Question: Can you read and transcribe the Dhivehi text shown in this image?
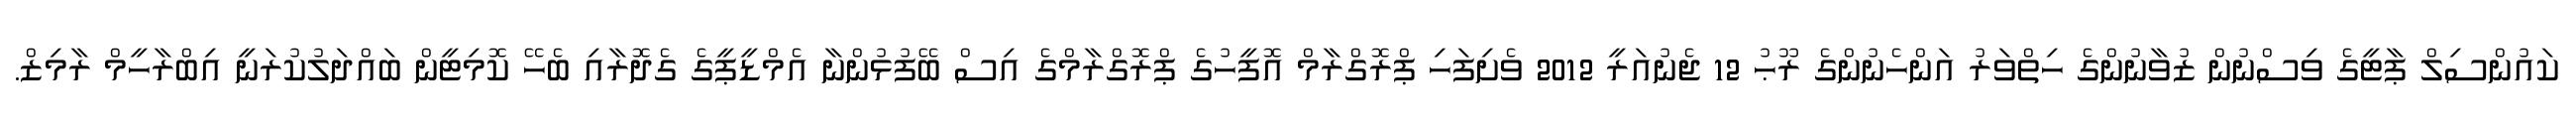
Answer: ކައުންސިލް ޕާޓީގެ ވިސްނުން ޒުވާނުންގެ ހިތްވަރު އަންހެނުންގެ ރޫޙު 12 ޖެނުއަރީ 2012 ވެށިފަހި ޕްރޮގްރާމް އޮފީހުގެ ޕްރޮގްރާމްގެ އިސް ބޭފުޅުންނާ އެމްޑީޕީގެ ގެދޮރާއި ބެހޭ ކޮމިޓީން ބައްދަލުކުރަނީ އިބްރާހީމް ރާމިޒް.